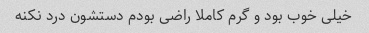
خیلی خوب بود و گرم کاملا راضی بودم دستشون درد نکنه